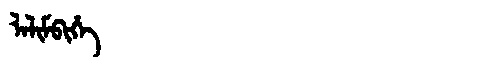
Manchu: ᠯᠠᠯᡳᠮᠪᡳᡥᡝ
Romanization: LALIMBIHE